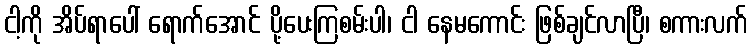
ငါ့ကို အိပ်ရာပေါ် ရောက်အောင် ပို့ပေးကြစမ်းပါ၊ ငါ နေမကောင်း ဖြစ်ချင်လာပြီ၊ စကားလက်